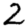
Digit: 2